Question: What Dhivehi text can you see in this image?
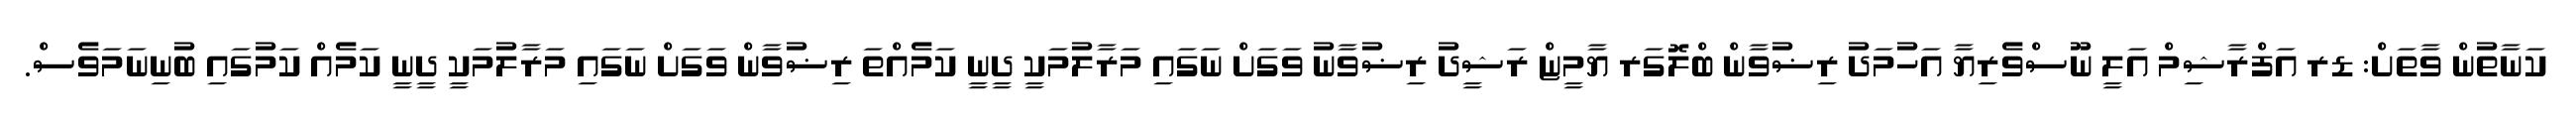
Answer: ކަނާތުން ވާތަށް: ޑރ އަފްރާޝިމް އަލީ ނޫސްވެރިޔާ އަހުމަދު ރިޟުވާން ބްލޮގަރ ޔާމީޏް ރަޝީދު ރިޟުވާނު ވަގަށް ނަގައި މަރާލުމަކީ ދީނީ ކަމެއްތަ ރިޟުވާން ވަގަށް ނަގައި މަރާލުމަކީ ދީނީ ކަމެއް ކަމުގައި ބުނިނަމަވެސް.